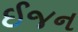
ઈજન